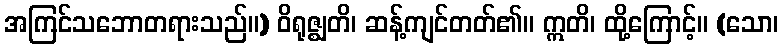
အကြင်သဘောတရားသည်။) ဝိရုဇ္ဈတိ၊ ဆန့်ကျင်တတ်၏။ ဣတိ၊ ထို့ကြောင့်။ (သော၊